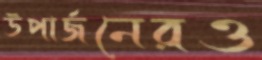
উপার্জনেরও